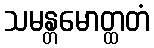
သမန္တမောတ္ထတံ